Civil Veterinary Department Bihar & Orissa reports 1929-36 - 1929-1936
Year: 1929
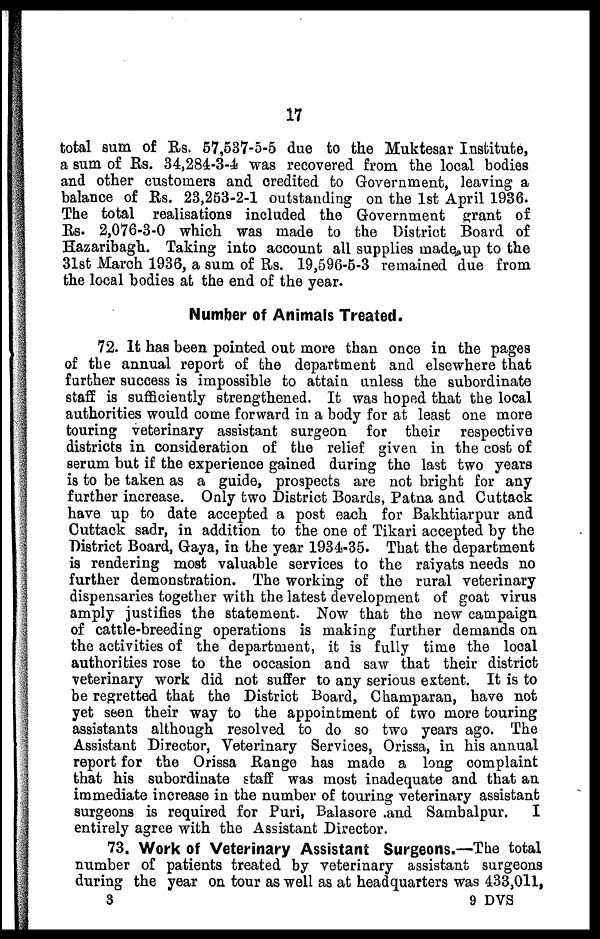
17
total sum of Rs. 57,537-5-5 due to the Muktesar Institute,
a sum of Rs. 34,284-3-4 was recovered from the local bodies
and other customers and credited to Government, leaving a
balance of Rs. 23,253-2-1 outstanding on the 1st April 1936.
The total realisations included the Government grant of
Rs. 2,076-3-0 which was made to the District Board of
Hazaribagh. Taking into account all supplies made up to the
31st March 1936, a sum of Rs. 19,596-5-3 remained due from
the local bodies at the end of the year.
Number of Animals Treated.
72. It has been pointed out more than once in the pages
of the annual report of the department and elsewhere that
further success is impossible to attain unless the subordinate
staff is sufficiently strengthened. It was hoped that the local
authorities would come forward in a body for at least one more
touring veterinary assistant surgeon for their respective
districts in consideration of the relief given in the cost of
serum but if the experience gained during the last two years
is to be taken as a guide, prospects are not bright for any
further increase. Only two District Boards, Patna and Cuttack
have up to date accepted a post each for Bakhtiarpur and
Cuttack sadr, in addition to the one of Tikari accepted by the
District Board, Gaya, in the year 1934-35. That the department
is rendering most valuable services to the raiyats needs no
further demonstration. The working of the rural veterinary
dispensaries together with the latest development of goat virus
amply justifies the statement. Now that the new campaign
of cattle-breeding operations is making further demands on
the activities of the department, it is fully time the local
authorities rose to the occasion and saw that their district
veterinary work did not suffer to any serious extent. It is to
be regretted that the District Board, Champaran, have not
yet seen their way to the appointment of two more touring
assistants although resolved to do so two years ago. The
Assistant Director, Veterinary Services, Orissa, in his annual
report for the Orissa Range has made a long complaint
that his subordinate staff was most inadequate and that an
immediate increase in the number of touring veterinary assistant
surgeons is required for Puri, Balasore and Sambalpur.
I
entirely agree with the Assistant Director.
73. Work of Veterinary Assistant Surgeons.—The total
number of patients treated by veterinary assistant surgeons
during the year on tour as well as at headquarters was 433,011,
3
9 DVS